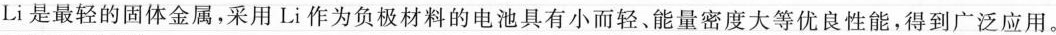
Li是最轻的固体金属，采用Li作为负极材料的电池具有小而轻、能量密度大等优良性能，得到广泛应用。